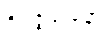
ဝိရဇ္ဇမာနော